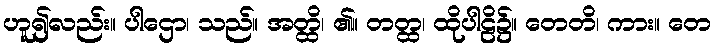
ဟူ၍လည်း။ ပါဌော၊ သည်။ အတ္ထိ၊ ၏။ တတ္ထ၊ ထိုပါဠိ၌။ တေတိ၊ ကား။ တေ